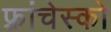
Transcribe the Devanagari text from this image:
फ़्रांचेस्को